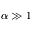
\alpha \gg 1